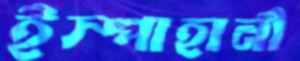
ইস্পাহানী